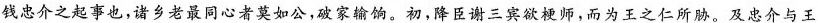
钱忠介之起事也，诸乡老最同心者莫如公，破家输饷。初，降臣谢三宾欲梗师，而为王之仁所胁。及忠介与王